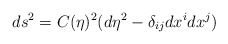
\begin{align*}ds^2 = C(\eta)^2(d\eta^2-\delta_{ij}dx^idx^j)\end{align*}